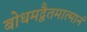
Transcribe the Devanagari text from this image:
बोधमद्वैतमात्मानं